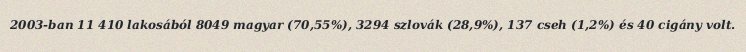
2003-ban 11 410 lakosából 8049 magyar (70,55%), 3294 szlovák (28,9%), 137 cseh (1,2%) és 40 cigány volt.